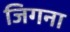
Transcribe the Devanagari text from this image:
जिगना